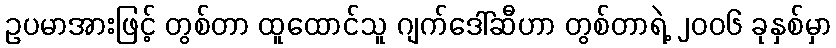
ဥပမာအားဖြင့် တွစ်တာ ထူထောင်သူ ဂျက်ဒေါ်ဆီဟာ တွစ်တာရဲ့ ၂၀၀၆ ခုနှစ်မှာ